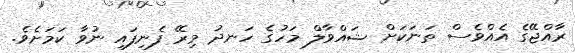
ރާއްޖޭގެ އެއްވެސް ތަނަކަށް ޝައްވާލް މަހުގެ ހަނދު މިރޭ ފެނިފައި ނުވާ ކަމަށެވެ.